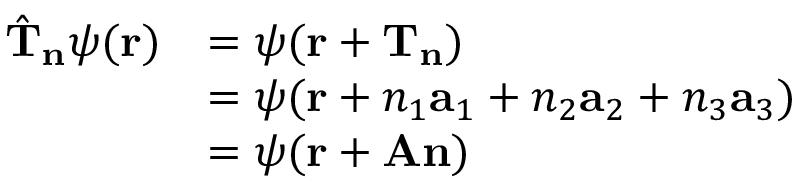
{ \begin{array} { r l } { { \hat { \mathbf { T } } } _ { \mathbf { n } } \psi ( \mathbf { r } ) } & { = \psi ( \mathbf { r } + \mathbf { T } _ { \mathbf { n } } ) } \\ & { = \psi ( \mathbf { r } + n _ { 1 } \mathbf { a } _ { 1 } + n _ { 2 } \mathbf { a } _ { 2 } + n _ { 3 } \mathbf { a } _ { 3 } ) } \\ & { = \psi ( \mathbf { r } + \mathbf { A } \mathbf { n } ) } \end{array} }